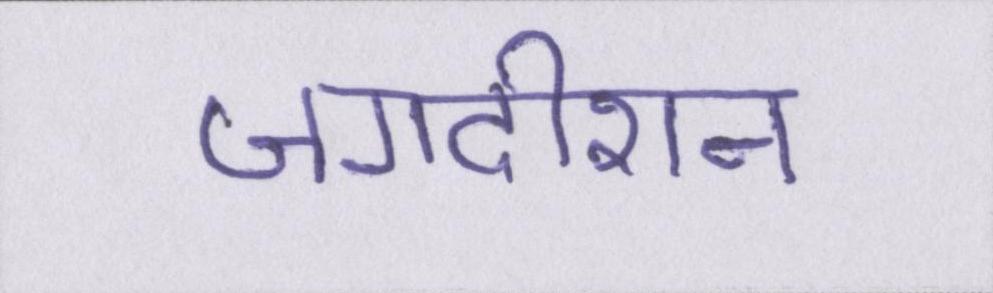
जगदीशन